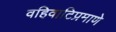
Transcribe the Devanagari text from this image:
वहिवाटिप्रमाणे